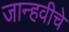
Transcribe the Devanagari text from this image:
जान्हवीचे